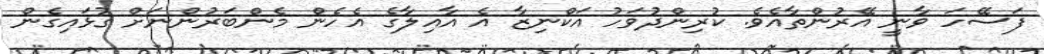
ފަސޭހަ ވާނީ އޭރުންތާއެވެ. ކުރިންދުވަހު އަކްނިޒާ އެ އާއިލާގެ އެހެން މެންބަރުންނަށް ގުޅައިގެން